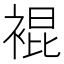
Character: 裩